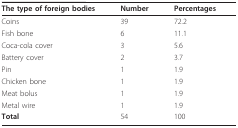
| The type of foreign bodies | Number | Percentages |
 | --- | --- | --- |
 | Coins | 39 | 72.2 |
 | Fish bone | 6 | 11.1 |
 | Coca-cola cover | 3 | 5.6 |
 | Battery cover | 2 | 3.7 |
 | Pin | 1 | 1.9 |
 | Chicken bone | 1 | 1.9 |
 | Meat bolus | 1 | 1.9 |
 | Metal wire | 1 | 1.9 |
 | Total | 54 | 100 |